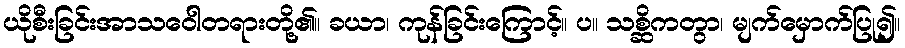
ယိုစီးခြင်းအာသဝေါတရားတို့၏။ ခယာ၊ ကုန်ခြင်းကြောင့်။ ပ။ သစ္ဆိကတွာ၊ မျက်မှောက်ပြု၍။